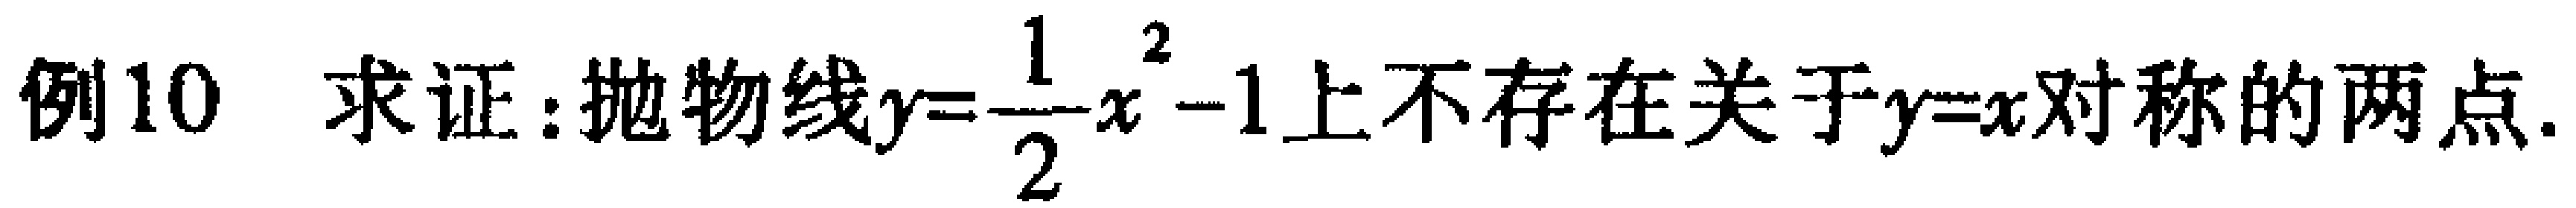
例10 求证：抛物线\(y = \frac{1}{2}x^{2}-1\)上不存在关于\(y = x\)对称的两点.